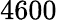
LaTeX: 4600